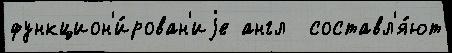
функцион'и́рован'иjе англ  составл'я́ют